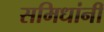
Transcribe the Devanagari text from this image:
समिधांनीं